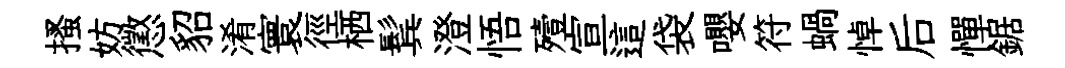
搔妨懲貂淆寰徑栖鬂澄悟殪宣這袋嚶符蝸悼后憚鋸